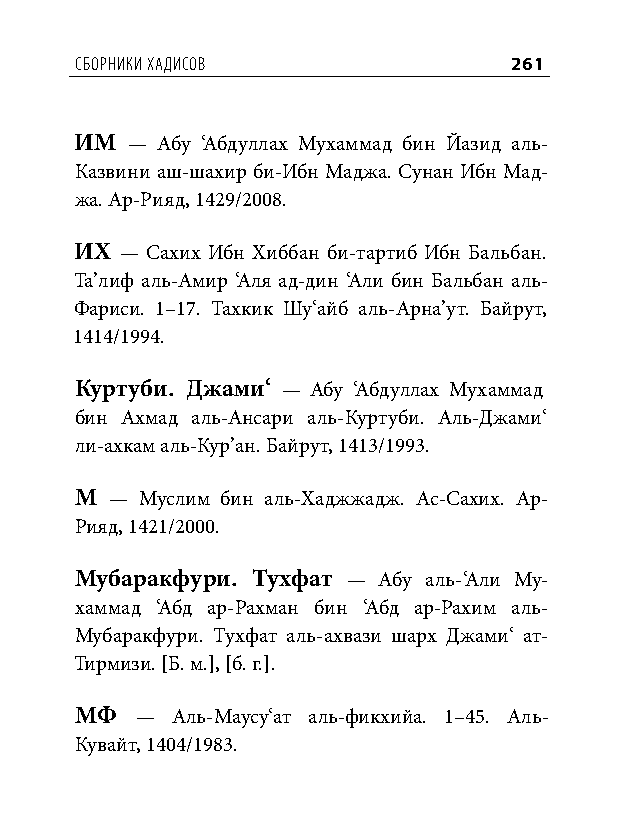
сборниКи хадисов             261
 ИМ — Абу ‘Абдуллах Мухаммад бин Йазид аль-
 Казвини аш-шахир би-Ибн Маджа. Сунан Ибн Мад-
 жа. Ар-Рияд, 1429/2008.
 ИХ — Сахих Ибн Хиббан би-тартиб Ибн Бальбан.
 Та’лиф аль-Амир ‘Аля ад-дин ‘Али бин Бальбан аль-
 Фариси. 1–17. Тахкик Шу‘айб аль-Арна’ут. Байрут,
 1414/1994.
 Куртуби. Джами‘ — Абу ‘Абдуллах Мухаммад
 бин Ахмад аль-Ансари аль-Куртуби. Аль-Джами‘
 ли-ахкам аль-Кур’ан. Байрут, 1413/1993.
 М — Муслим бин аль-Хаджжадж. Ас-Сахих. Ар-
 Рияд, 1421/2000.
 Мубаракфури. Тухфат — Абу аль-‘Али Му-
 хаммад ‘Абд ар-Рахман бин ‘Абд ар-Рахим аль-
 Мубаракфури. Тухфат аль-ахвази шарх Джами‘ ат-
 Тирмизи. [Б. м.], [б. г.].
 МФ  — Аль-Маусу‘ат аль-фикхийа. 1–45. Аль-
 Кувайт, 1404/1983.